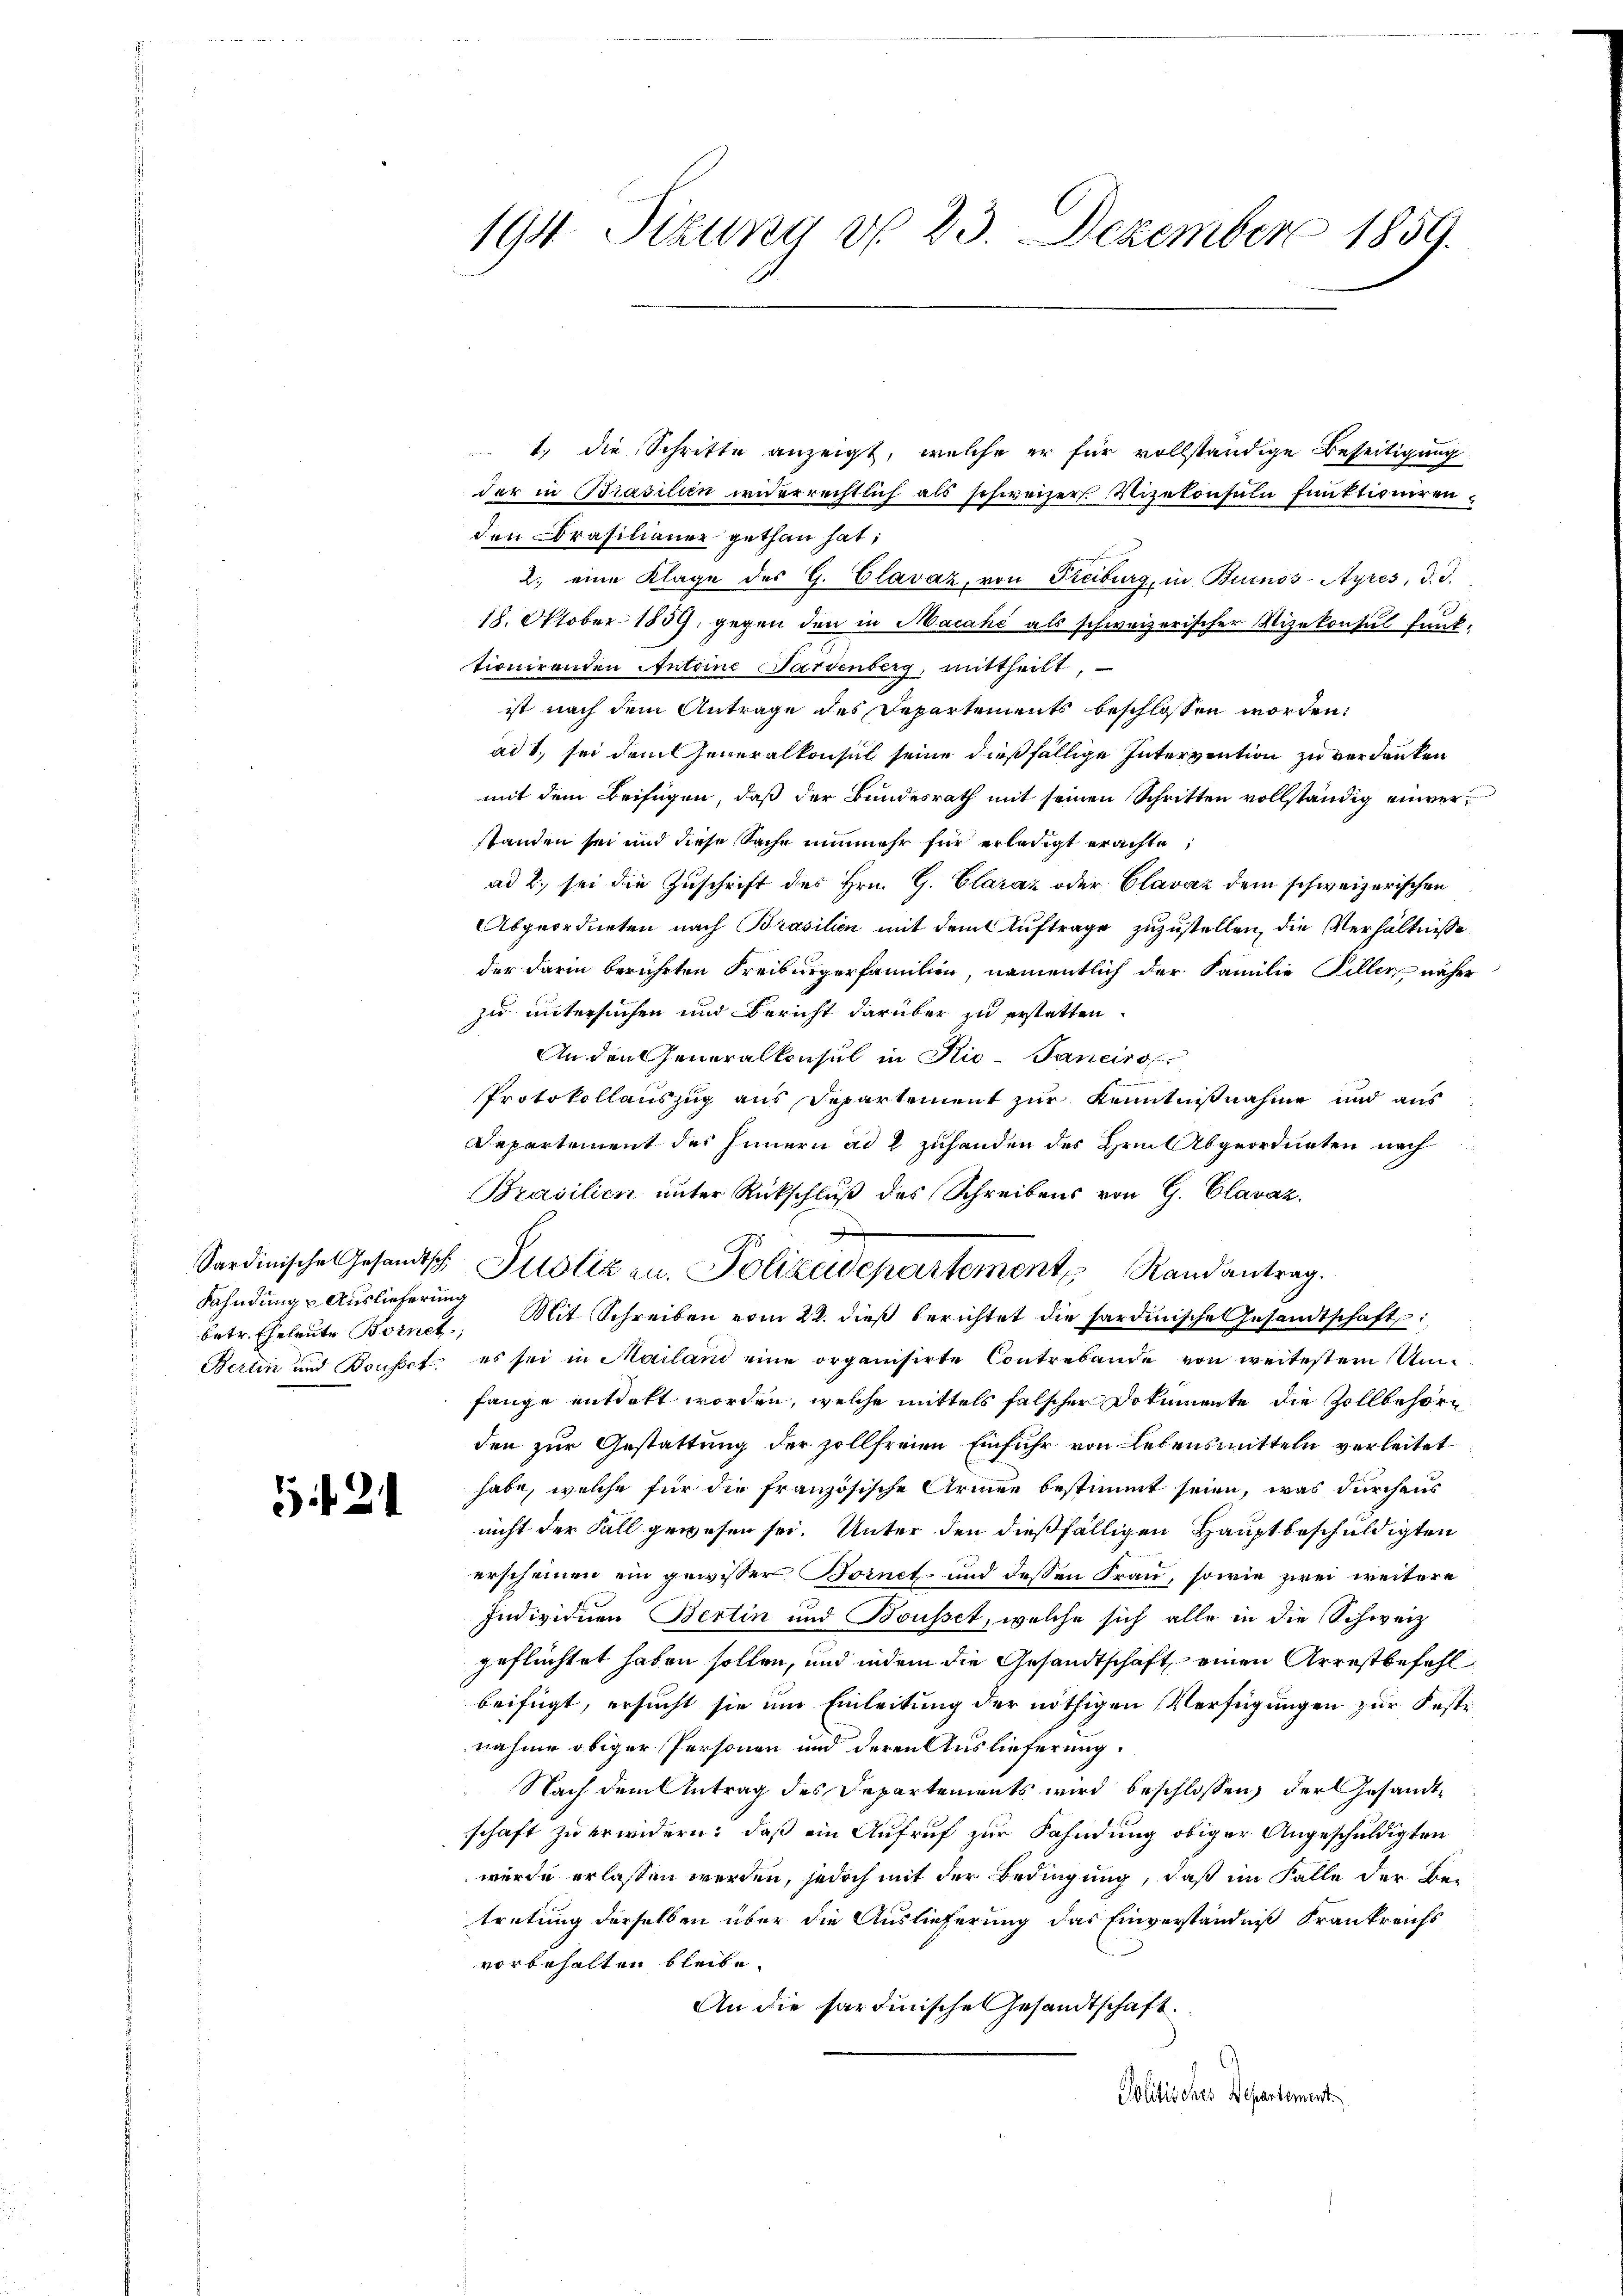
betr. Eheleute Bornet,

1 f 24

1. die Schritte anzeigt, welche er für vollständige Beseitigung
der in Brasilien widerrechtlich als schweizer. Vizekonsuln funktionirenden rasilianer gethan hat;
.
2. eine Klage des G. Clavaz, von Freiburg, in Buenos-Ayres, d. d.
18. Oktober 1859, gegen den in Macahi als schweizerischer Vizekonsul funk-
tionirenden Antoine Sardenberg, mittheilt,
ist nach dem Antrage des Departements beschlossen worden.
ad 1., sei dem Generalkonsul seine dießfällige Intervention zu verdanken
mit dem Beifügen, daß der Bundesrath mit seinen Schritten vollständig einverstanden sei und diese Sache nunmehr für erledigt erachte,
ad 2., sei die Zuschrift des Hrn. G. Claraz oder Clavaz dem schweizerischen
Abgeordneten nach Brasilien mit dem Auftrage zuzustellen, die Verhältnisse
der darin berührten Freiburgerfamilien, namentlich der Familie Biller näher
zu untersuchen und Bericht darüber zu erstatten.
An den Generalkonsul in Nie-Janeiro
Protokollauszug aus Departement zur Kenntnißnahme und aus
Departement des Innern ad 1 zuhanden des Hrn. Abgeordneten nach
Brasilien unter Rückschluß des Schreibens von G. Clavaz.
Sardinische Gesandtsch Justiz zu. Polizeidepartement Randantrag.
Fahndung Auslieferung Mit Schreiben vom 22. dieβ berichtet die sardinische Gesandtschafts
Bertin und Bousset es sei in Mailand eine organisirte Contrebande von weitestem Um-
fange entdekt worden, welche mittels falscher Dokumente die Zollbehörden zur Gestattung der zollfreien Einfuhr von Lebensmitteln verleitet
habe, welche für die französische Armen bestimmt seien, was durchaus
nicht der Fall gewesen sei. Unter den dießfälligen Hauptbeschuldigten
erscheinen ein gewisser Bornet- und dessen Frau, sowie zwei weitere
Individuen Bertin und Bousset, welche sich alle in die Schweiz
geflüchtet haben sollen, und indem die Gesandtschaft einen Arrestbefehl
beifügt, ersucht sie um Einleitung der nöthigen Verfügungen zur Feste
nahme obiger Personen und deren Auslieferung.
Nach dem Antrag des Departements wird beschlossen, der Gesandtschaft zu erwidern; daß ein Aufruf zur Fahndung obiger Angeschuldigten
wurde erlassen werden, jedoch mit der Bedingung, daß im Falle der Bei
tretung derselben über die Auslieferung das Einverständniß Krankreichs
vorbehalten bleibe.
An die Sardinische Gesandtschaft.
Politisches Departement

194. Sizung d. 23. Dezember 1859.